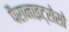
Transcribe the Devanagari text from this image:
पैरानाइट्रोसो